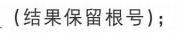
(结果保留根号)；